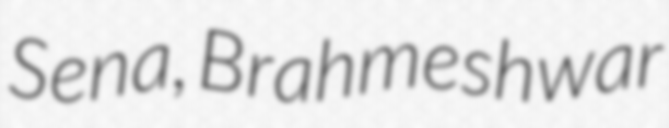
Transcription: Sena, Brahmeshwar